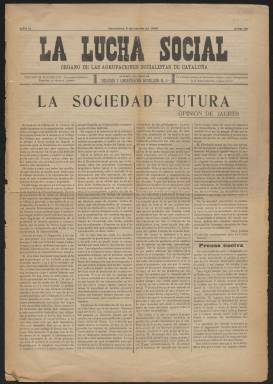
Título: La Lucha social
Colección: Socialismo
Ámbito geográfico: Barcelona
Lugar de publicación: Barcelona
Fechas: 04/08/1906-04/08/1906